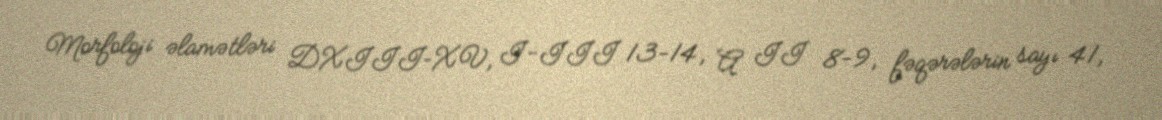
Morfoloji əlamətləri DXIII–XV, I-III 13-14, A II 8-9, fəqərələrin sayı 41,